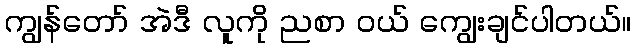
ကျွန်တော် အဲဒီ လူကို ညစာ ဝယ် ကျွေးချင်ပါတယ်။